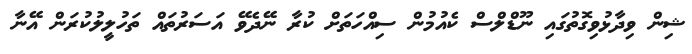
ޝިން ވިދާޅުވިގޮތުގައި ނޫޑްލްސް ކެއުމުން ސިއްހަތަށް ކުރާ ނޭދެވޭ އަސަރުތައް ތަހުލީލުކުރަން އޭނާ